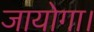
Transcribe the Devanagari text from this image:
जायोगा।